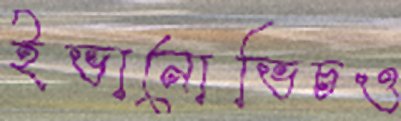
ইভানোভিচও